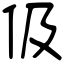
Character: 伋